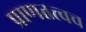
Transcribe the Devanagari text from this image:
प्राणतत्त्वच